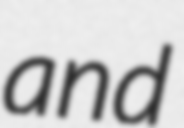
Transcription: and